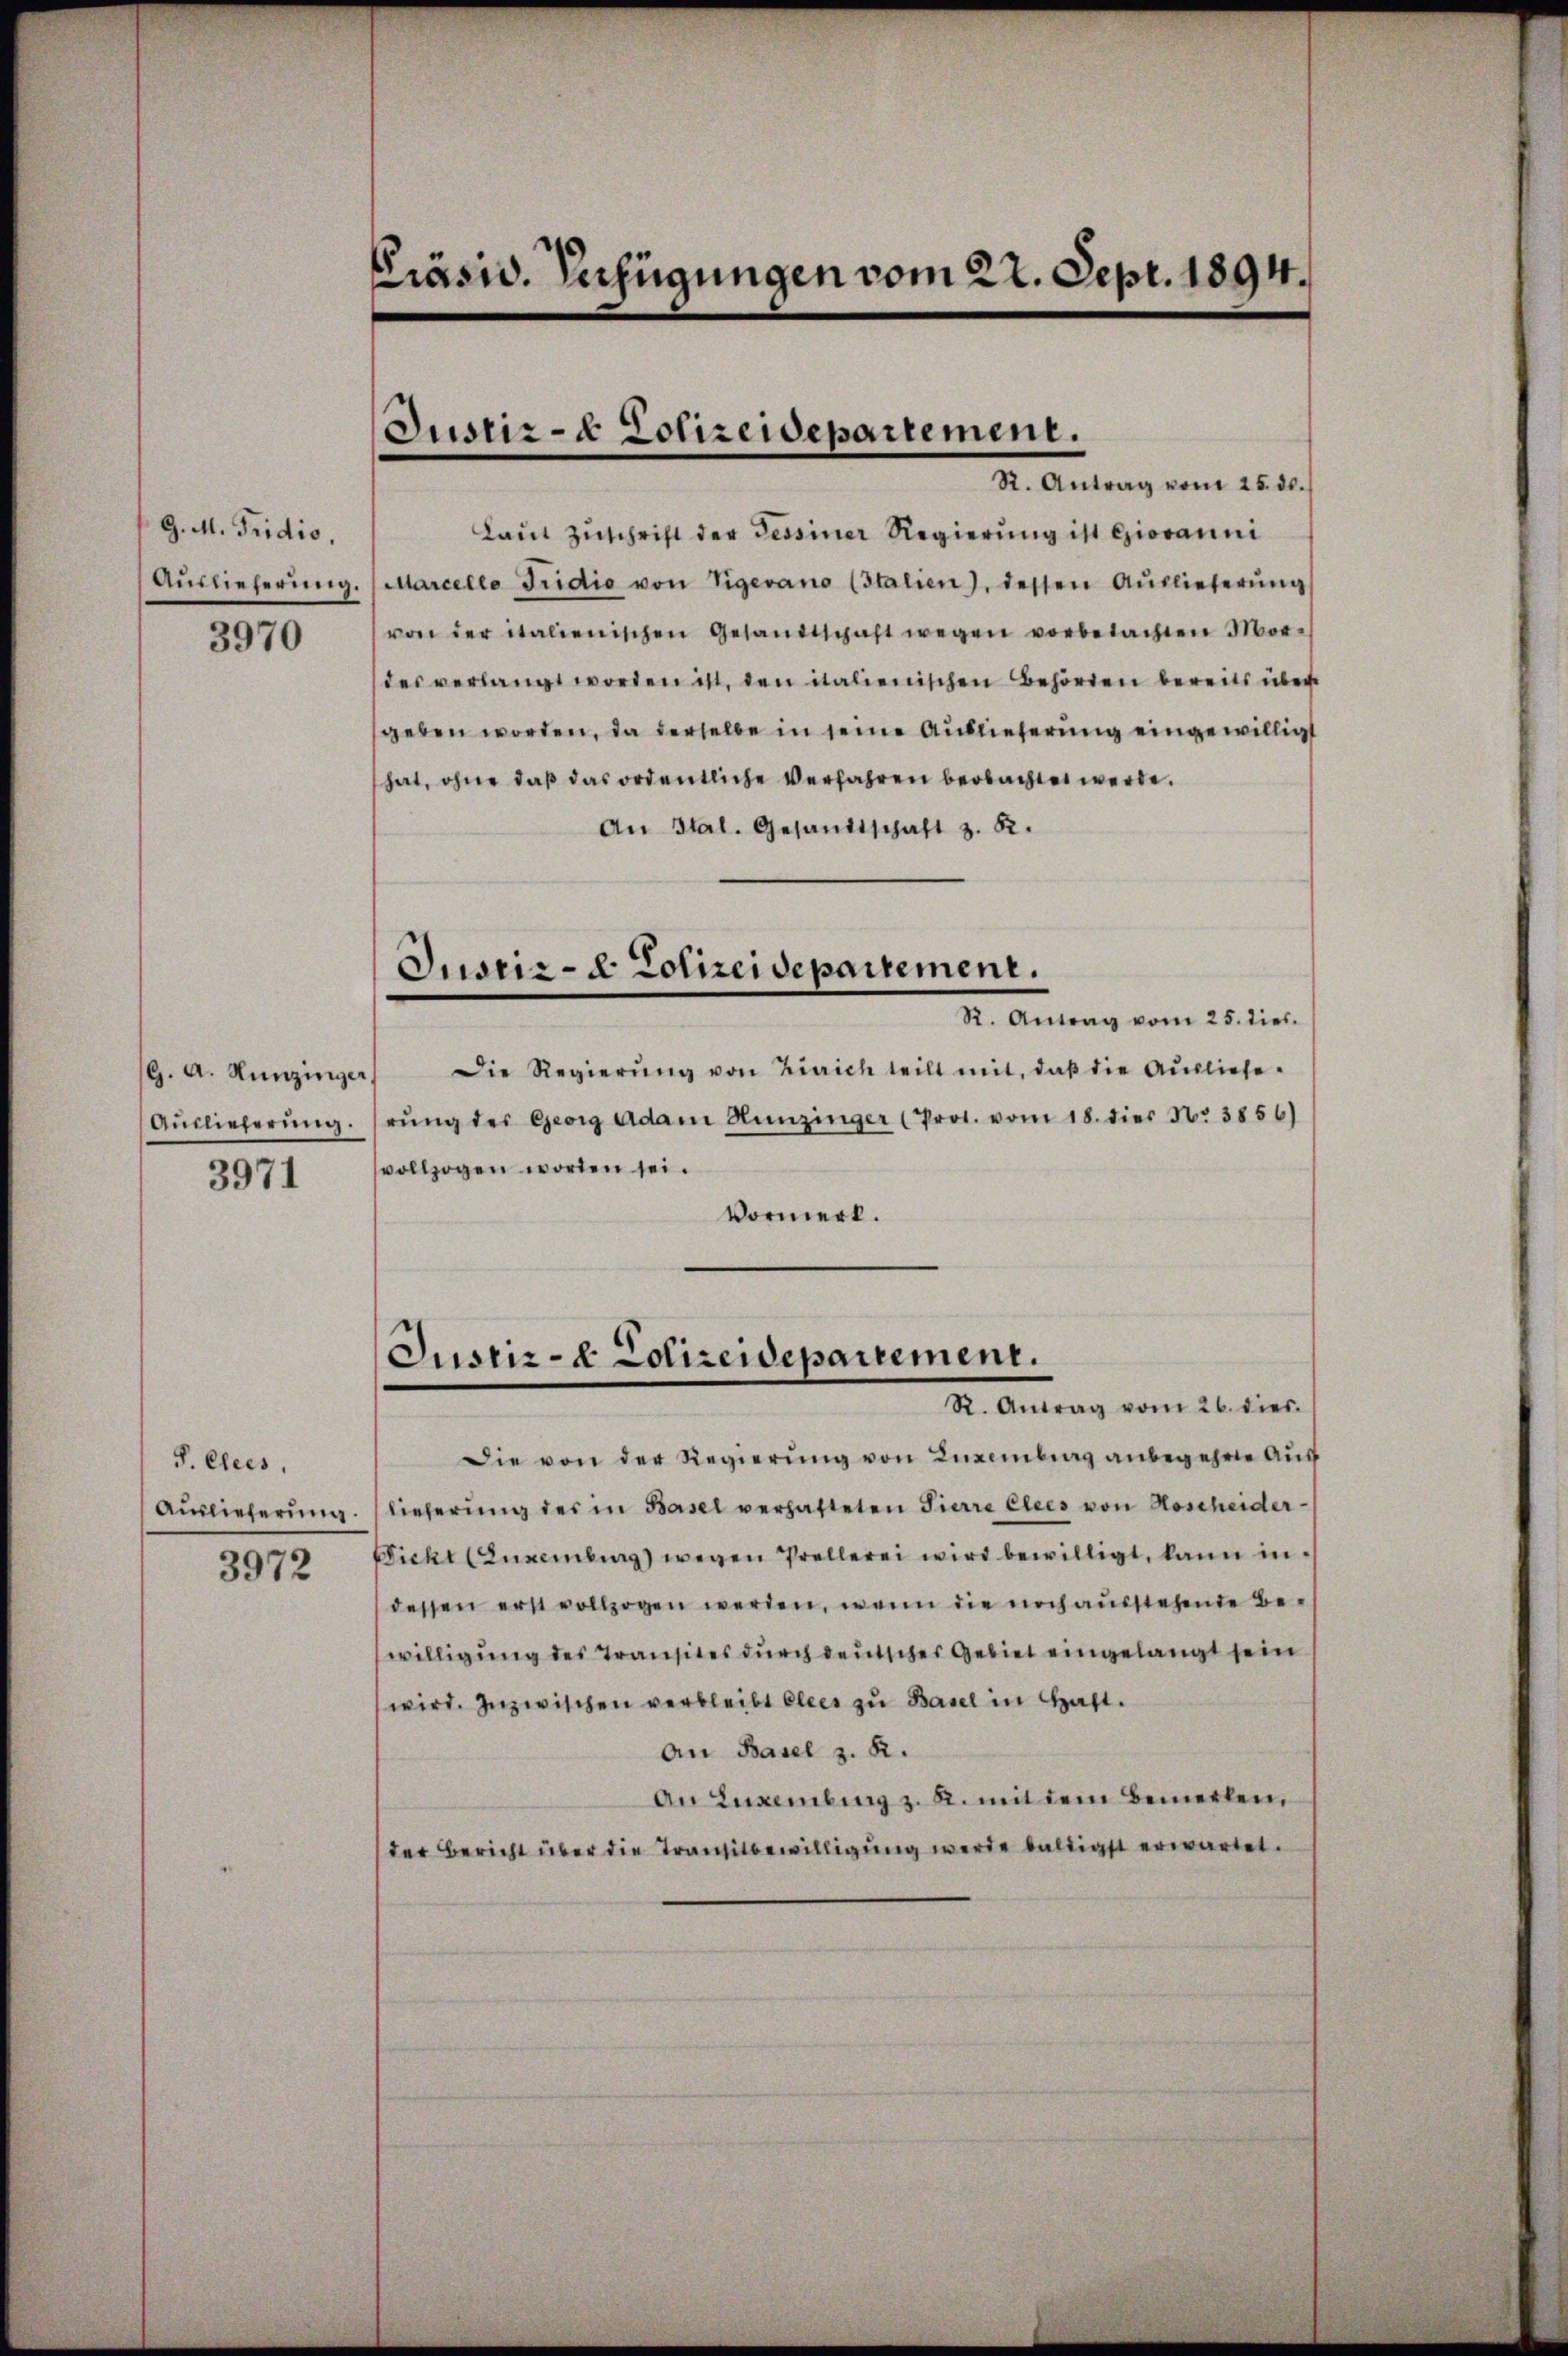
G. M. Tridio,
Auslieferung.

3970

G. A. Hunzinger,
Auslieferung.
3971

P. Clees,
3972

Präsid. Verfügungen vom 22. Sept. 1894.

Justiz- & Polizeidepartement.
R. Antrag vom 25. ds.

Laut Zuschrift der Tessiner Regierung ist Giovanni
Marcelle Fridio von Vigevano (Italien), dessen Auslieferŭng
von der italienischen Gesandtschaft wegen vorbetachten Mordes verlangt worden ist, den italienischen Behörden bereits über
sgeben worden, da derselbe in seine Auslieferung eingewilligt
hat, ohne daß das ordentliche Verfahren beobachtet werde.
An Stal. Gesandtschaft z. B.
Justiz- & Polizeidepartement.
R. Antrag vom 25. dies
Die Regierŭng von Zürich teilt mit, daß die Auslieferŭng der Georg Adam Hunzinger (Prot. vom 18. dies No. 3856)
vollzogen worden sei.
Vormerk.

Justiz- & Polizeidepartement.
R. Antrag vom 26. dies.

Die von der Regierŭng von Luxenburg anbegehrte Aus
Aŭslieferŭng. (lieferŭng des in Basel verhafteten Pierre Elees von Hoscheider-
Dicht (Zuxenburg) wegen Prellerei wird bewilligt, kann in
dessen erst vollzogen werden, wenn die noch ausstehende Bewilligung des Transites durch deutsches Gebiet eingelangt sein
wird. Inzwischen verbleibt elles zu Basel in Haft.
An Basel z. B.
An Eugenburg z. R. mit dem Bemerken,
der Bericht über die Transitbewilligung werde baldigst erwartet.